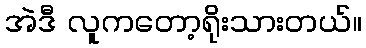
အဲဒီ လူကတော့ရိုးသားတယ်။